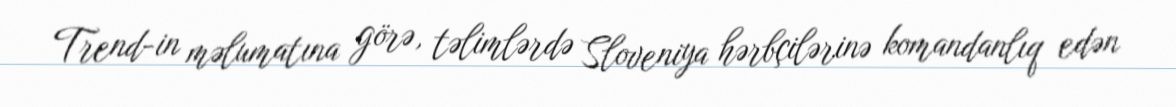
Trend-in məlumatına görə, təlimlərdə Sloveniya hərbçilərinə komandanlıq edən